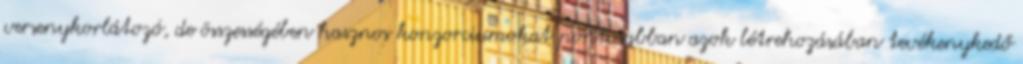
versenykorlátozó, de összességében hasznos konzorciumokat pontosabban azok létrehozásában tevékenykedő